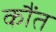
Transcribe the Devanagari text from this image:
कौंत